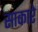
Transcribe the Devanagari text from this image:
साकारे